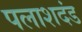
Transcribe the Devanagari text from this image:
पलाशदंड